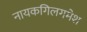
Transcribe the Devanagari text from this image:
नायकगिलगमेश